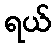
ရယ်